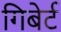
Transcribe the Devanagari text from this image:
गिबेर्ट